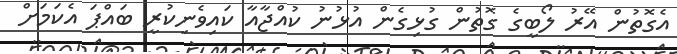
އެގޮތުން އޭރު ލޯބީގެ ގޮތުން ގުޅިގެން އުޅުނު ކުއްޖާއާ ކައިވެނިކުރީ ބައްޕަ އެކަމަށް